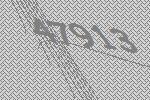
47913